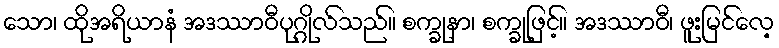
သော၊ ထိုအရိယာနံ အဒဿာဝီပုဂ္ဂိုလ်သည်။ စက္ခုနာ၊ စက္ခုဖြင့်။ အဒဿာဝီ၊ ဖူးမြင်လေ့